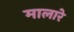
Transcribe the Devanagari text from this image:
मालारे